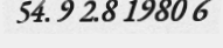
54. 9 2.8 1980 6